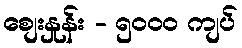
စျေးနှုန်း - ၅၀၀၀ ကျပ်